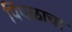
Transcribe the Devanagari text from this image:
पिंपळाचा